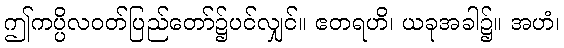
ဤကပ္ပိလဝတ်ပြည်တော်၌ပင်လျှင်။ ဧတရဟိ၊ ယခုအခါ၌။ အဟံ၊